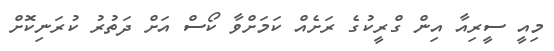
މިއީ ސީރިއާ އިން ގްރީކުގެ ރަށެއް ކަމަށްވާ ކޯސް އަށް ދަތުުރު ކުރަނިކޮށް